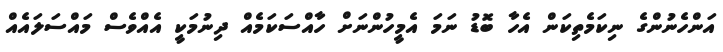
އަންހެނުންގެ ނިކަމެތިކަން އެހާ ބޮޑު ނަމަ އެމީހުންނަށް ހާއްސަކަމެއް ދިނުމަކީ އެއްވެސް މައްސަލައެއް